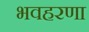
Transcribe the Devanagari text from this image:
भवहरणा